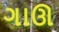
ગાઊ